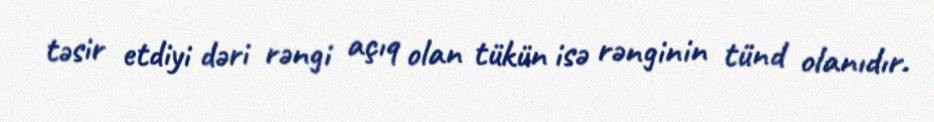
təsir etdiyi dəri rəngi açıq olan tükün isə rənginin tünd olanıdır.